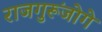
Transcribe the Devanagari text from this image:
राजगुरूंजोगे